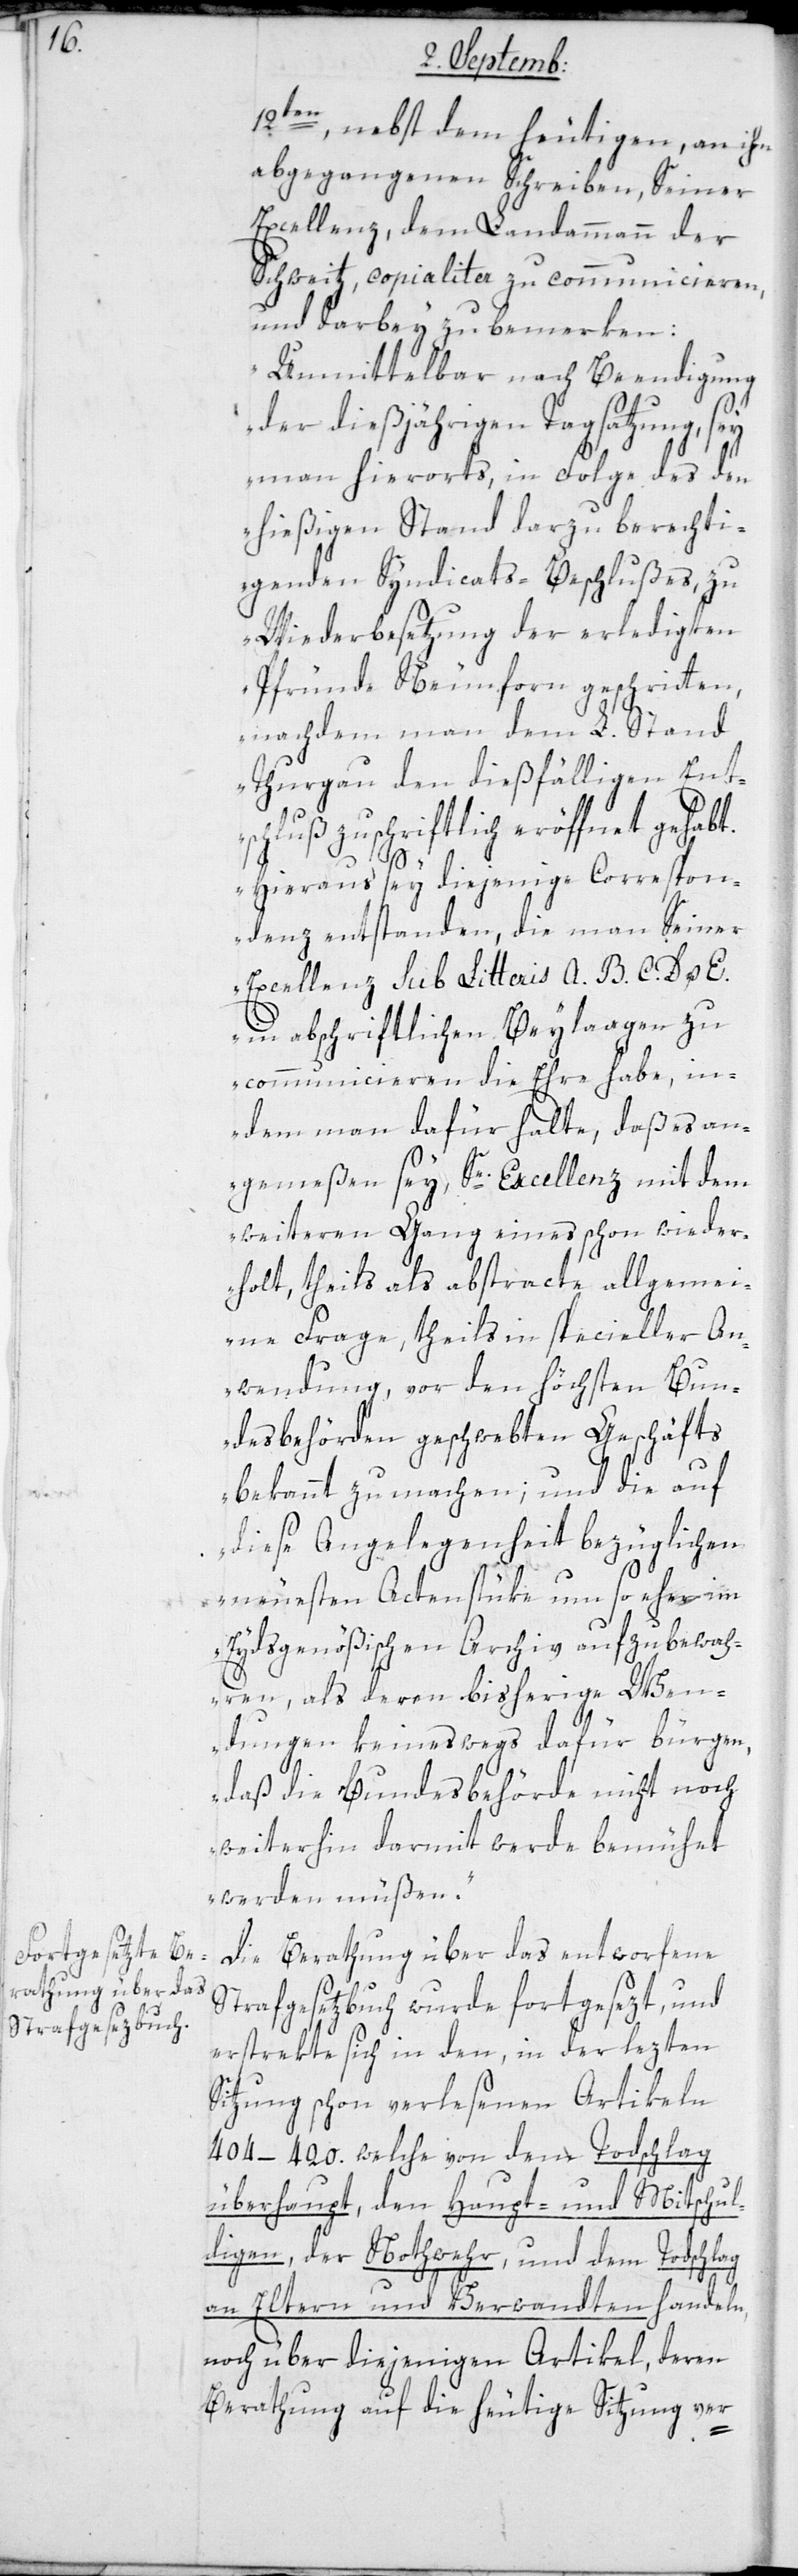
12ten, nebst dem heutigen, an ihn
abgegangenen Schreiben, Seiner
Excellenz dem Landammann der
Schweitz, copialiter zu communicieren,
und darbei zu bemerken:
„Unmittelbar nach Beendigung
der dießjährigen Tagsatzung, sey
man hierorts, in Folge des den
hießigen Stand darzu berechti¬
genden Syndicats-Beschlußes, zu
Wiederbesetzung der erledigten
Pfründe Neunforn geschritten,
nachdem man dem L. Stand
Thurgau den dießfälligen Ent¬
schluß zuschriftlich eröffnet gehabt.
Hieraus sey diejenige Correspon¬
denz entstanden, die man Seiner
Excellenz sub Litteris A. B. C. D u. E.
in abschriftlichen Beylagen zu
communicieren die Ehre habe, in¬
dem man dafür halte, daß es an¬
gemeßen sey, Sr Excellenz mit dem
weiteren Gang eines schon wieder¬
holt, theils als abstracte allgemei¬
ne Frage, theils in specieller An¬
wendung, vor den höchsten Bun¬
desbehörden geschwebten Geschäfts
bekannt zu machen; und die auf
diese Angelegenheit bezüglichen
neuesten Actenstüke um so eher im
Eydsgenößischen Archiv aufzubewah¬
ren, als deren bisherige Wen¬
dungen keineswegs dafür bürgen,
daß die Bundesbehörde nicht noch
weiterhin darmit werde bemühet
werden müßen“.
Die Berathung über das entworfene
Strafgesetzbuch wurde fortgesezt, und
erstrekte sich in den, in der lezten
Sitzung schon verlesenen Artikeln
404.–420. welche von dem Todschlag
überhaupt, den Haupt- und Mitschul¬
digen, der Notwehr und dem Todschlag
an Eltern und Verwandten handeln,
noch über diejenigen Artikel, deren
Berathung auf die heutige Sitzung ver-